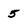
Character: 5